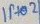
Text: IP+02